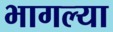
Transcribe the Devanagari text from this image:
भागल्या